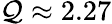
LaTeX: \mathcal{Q}\approx 2.27